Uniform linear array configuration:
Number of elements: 4
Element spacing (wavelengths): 1
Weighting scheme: binomial
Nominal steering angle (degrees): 30
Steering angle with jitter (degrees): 29.43
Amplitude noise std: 0.05
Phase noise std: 0.05

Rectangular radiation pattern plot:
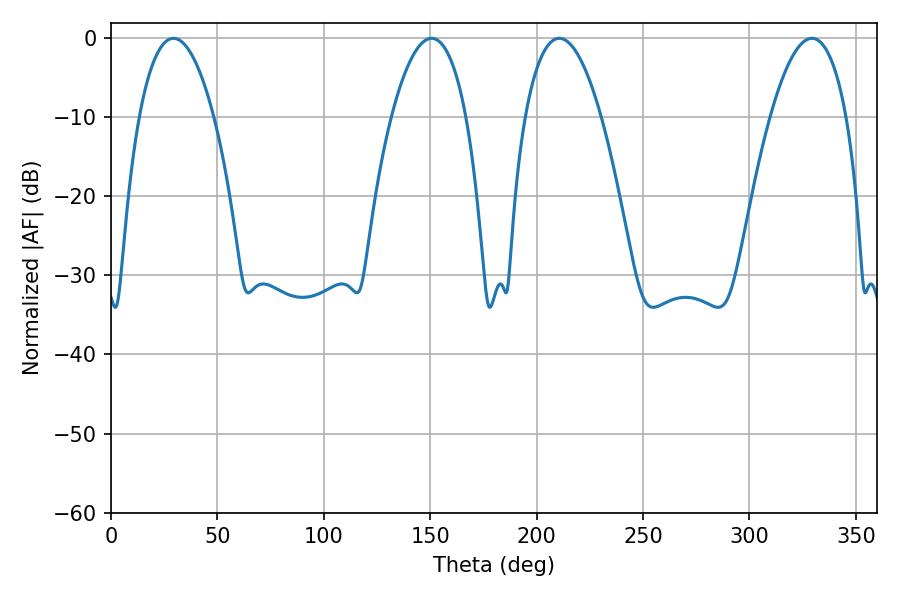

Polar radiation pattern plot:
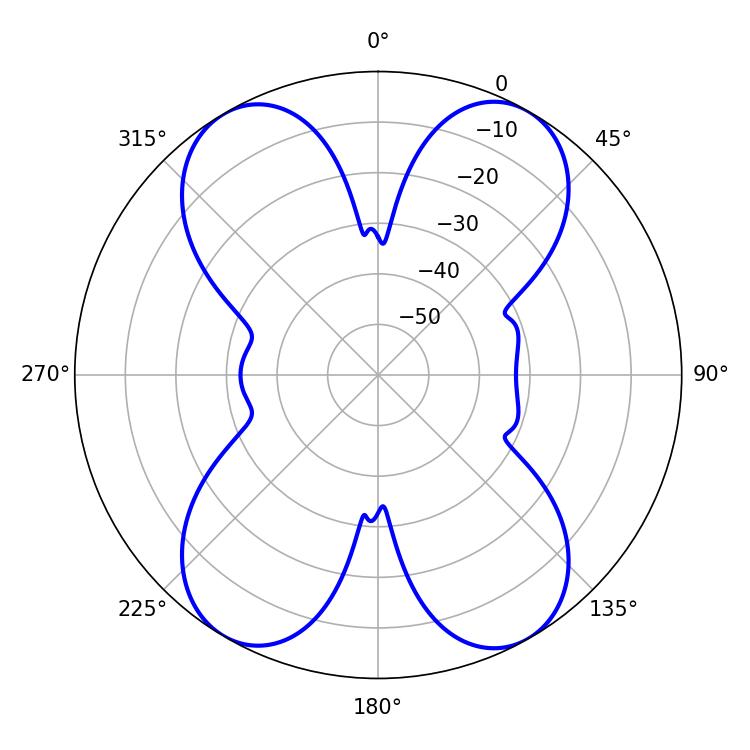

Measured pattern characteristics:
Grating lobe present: TRUE
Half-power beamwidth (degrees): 19.62
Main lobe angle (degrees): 150.66